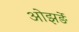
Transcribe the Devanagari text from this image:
ओझर्ङे